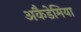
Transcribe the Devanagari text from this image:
अकैडेमिया